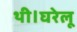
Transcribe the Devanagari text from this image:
थी।घरेलू